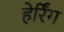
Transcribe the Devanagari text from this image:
हेर्रिंग